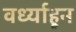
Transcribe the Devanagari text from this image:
वर्ध्याहून